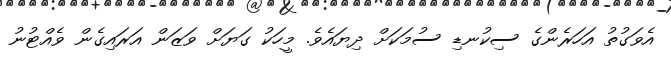
އެވަގުތު އަހަރެންގެ ސިކުނޑި ސުމަކަށް ދިޔައެވެ. މީހަކު ގަޔަށް ވަޒަން އަރައިގެން ވެއްޓުނު